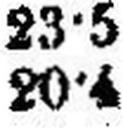
20·4